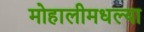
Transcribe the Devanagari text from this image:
मोहालीमधल्या